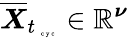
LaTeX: \overline{{\boldsymbol X}}_{t_{\mathrm{~\tiny~c~y~c~}}}\in\mathbb{R}^{\boldsymbol\nu}